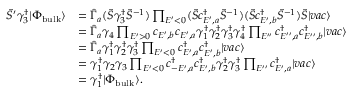
\begin{array} { r l } { \tilde { S } ^ { \prime } \gamma _ { 3 } ^ { \dagger } | \Phi _ { \mathrm { b u l k } } \rangle } & { = \hat { \Gamma } _ { a } ( \tilde { S } \gamma _ { 3 } ^ { \dagger } \tilde { S } ^ { - 1 } ) \prod _ { E ^ { \prime } < 0 } ( \tilde { S } c _ { E ^ { \prime } , a } ^ { \dagger } \tilde { S } ^ { - 1 } ) ( \tilde { S } c _ { E ^ { \prime } , b } ^ { \dagger } \tilde { S } ^ { - 1 } ) \tilde { S } | v a c \rangle } \\ & { = \hat { \Gamma } _ { a } \gamma _ { 4 } \prod _ { E ^ { \prime } > 0 } c _ { E ^ { \prime } , b } c _ { E ^ { \prime } , a } \gamma _ { 1 } ^ { \dagger } \gamma _ { 2 } ^ { \dagger } \gamma _ { 3 } ^ { \dagger } \gamma _ { 4 } ^ { \dagger } \prod _ { E ^ { \prime \prime } } c _ { E ^ { \prime \prime } , a } ^ { \dagger } c _ { E ^ { \prime \prime } , b } ^ { \dagger } | v a c \rangle } \\ & { = \hat { \Gamma } _ { a } \gamma _ { 1 } ^ { \dagger } \gamma _ { 2 } ^ { \dagger } \gamma _ { 3 } ^ { \dagger } \prod _ { E ^ { \prime } < 0 } c _ { E ^ { \prime } , a } ^ { \dagger } c _ { E ^ { \prime } , b } ^ { \dagger } | v a c \rangle } \\ & { = \gamma _ { 1 } ^ { \dagger } \gamma _ { 2 } \gamma _ { 3 } \prod _ { E ^ { \prime } < 0 } c _ { - E ^ { \prime } , a } ^ { \dagger } c _ { E ^ { \prime } , b } ^ { \dagger } \gamma _ { 2 } ^ { \dag } \gamma _ { 3 } ^ { \dag } \prod _ { E ^ { \prime \prime } } c _ { E ^ { \prime } , a } ^ { \dagger } | v a c \rangle } \\ & { = \gamma _ { 1 } ^ { \dagger } | \Phi _ { \mathrm { b u l k } } \rangle . } \end{array}